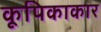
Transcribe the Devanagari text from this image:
कूपिकाकार